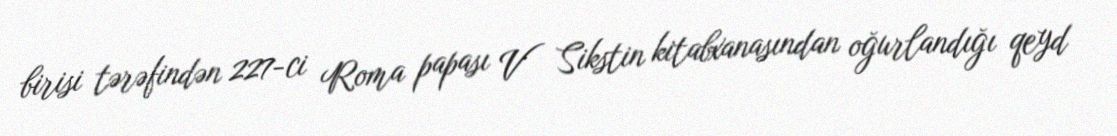
birisi tərəfindən 227-ci Roma papası V Sikstin kitabxanasından oğurlandığı qeyd